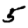
Digit: 5